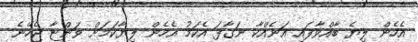
އެހެން ލިޔެ ބާއްވާފައި އަނެއްކާ ނަގާފަ އެކަމު އެހެން ލިޔާކަމަށް ވަންޏާ ޖެހޭނެ